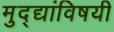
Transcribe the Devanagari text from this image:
मुद्द्यांविषयी